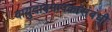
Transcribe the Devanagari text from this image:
वायुदाबमापकांसंबंधी